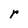
Character: r